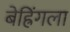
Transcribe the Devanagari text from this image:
बेह्रिंगला